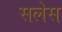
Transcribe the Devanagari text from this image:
सलेस